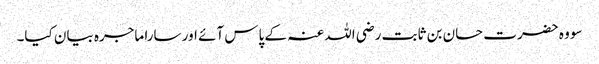
سو وہ حضرت حسان بن ثابت رضی اللہ عنہ کے پاس آئے اور سارا ماجرہ بیان کیا۔